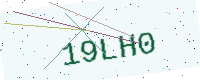
Text: 19LH0